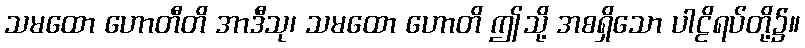
သမထော ဟောတီတိ အာဒီသု၊ သမထော ဟောတိ ဤသို့ အစရှိသော ပါဠိရပ်တို့၌။